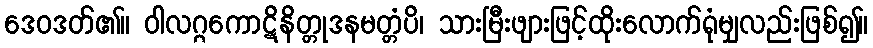
ဒေဝဒတ်၏။ ဝါလဂ္ဂကောဋိနိတ္တုဒနမတ္တံပိ၊ သားမြီးဖျားဖြင့်ထိုးလောက်ရုံမျှလည်းဖြစ်၍။